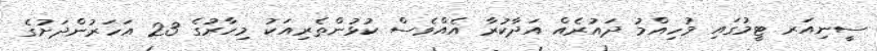
ސީނިއަރ ޓީމުގައި މުހިއްމު ދައުރެއް އަދާކުރާ އެއްވެސް ކުޅުންތެރިއަކު މިހާރުގެ 23 އަހަރުންދަށުގެ